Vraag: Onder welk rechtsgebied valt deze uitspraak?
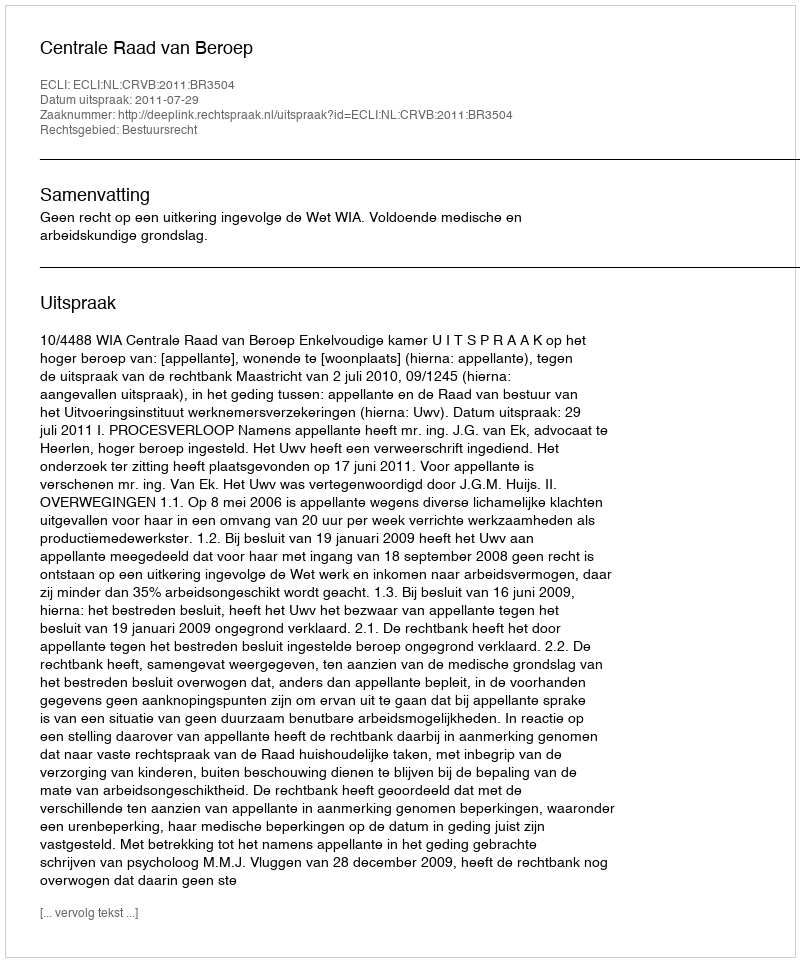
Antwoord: Bestuursrecht